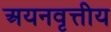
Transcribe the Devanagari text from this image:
अयनवृत्तीय